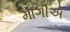
માગીએ